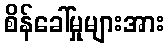
စိန်ခေါ်မှုများအား